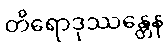
တိရောဒုဿန္တေန